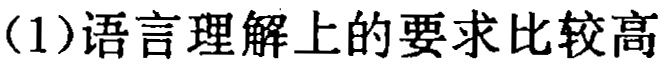
(1)语言理解上的要求比较高